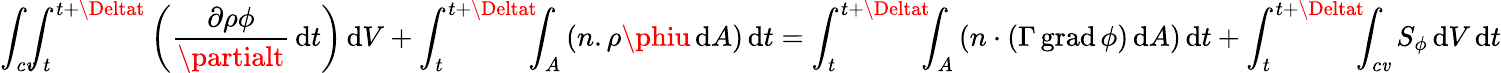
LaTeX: \int_{c\mathit{v}}\! \! \! \int_{t}^{t+\Deltat}\left({\frac{{\partial\rho\phi}}{{\partialt}}}\, \mathrm{{d}}t\right)\, \mathrm{{d}}V+\int_{t}^{t+\Deltat}\! \! \! \int_{A}\left(n.{\rho\phiu}\, \mathrm{{d}}A\right)\, \mathrm{{d}}t=\int_{t}^{t+\Deltat}\! \! \! \int_{A}\left(n\cdot\left(\Gamma\operatorname{grad}\phi\right)\, \mathrm{{d}}A\right)\, \mathrm{{d}}t+\int_{t}^{t+\Deltat}\! \! \! \int_{c\mathit{v}}S_{\phi}\, \mathrm{{d}}V\, \mathrm{{d}}t